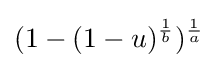
(1-(1-u)^{\frac {1}{b}})^{\frac {1}{a}}